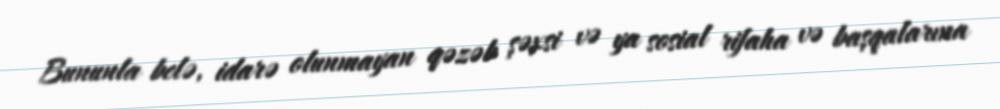
Bununla belə, idarə olunmayan qəzəb şəxsi və ya sosial rifaha və başqalarına